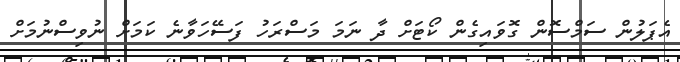
އެޕަލުން ސަމްސޮން ގޮވައިގެން ކޯޓަށް ދާ ނަމަ މަސްރަހު ފަސޭހަވާނެ ކަމަށް ނުވިސްނުމަށް